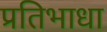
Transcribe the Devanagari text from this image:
प्रतिभाधा